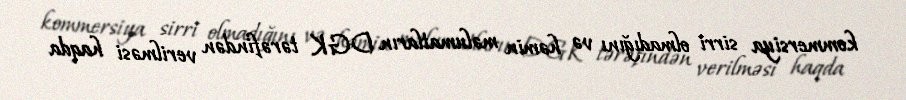
kommersiya sirri olmadığını və həmin məlumatların DGK tərəfindən verilməsi haqda